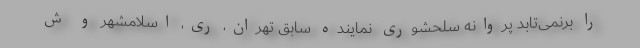
را برنمی‌تابد پروانه سلحشوری نماینده سابق تهران، ری، اسلامشهر و ش